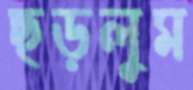
ছড়লুম